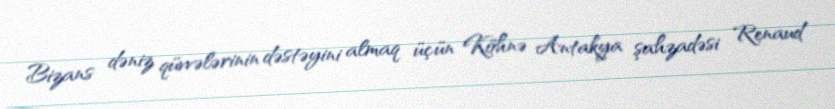
Bizans dəniz qüvvələrinin dəstəyini almaq üçün Köhnə Antakya şahzadəsi Renaud